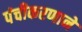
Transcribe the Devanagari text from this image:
पंचीकरणानें